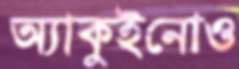
অ্যাকুইনোও